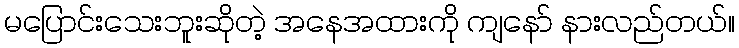
မပြောင်းသေးဘူးဆိုတဲ့ အနေအထားကို ကျနော် နားလည်တယ်။